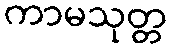
ကာမသုတ္တ